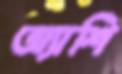
অ্যাশি